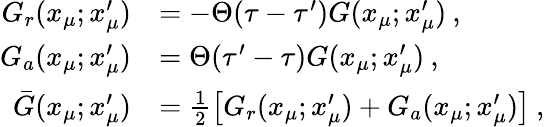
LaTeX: \begin{array}{rl}{G_{r}(x_{\mu};x_{\mu}^{\prime})}&{=-\Theta(\tau-\tau^{\prime})G(x_{\mu};x_{\mu}^{\prime})\: ,}\\ {G_{a}(x_{\mu};x_{\mu}^{\prime})}&{=\Theta(\tau^{\prime}-\tau)G(x_{\mu};x_{\mu}^{\prime})\: ,}\\ {\bar{G}(x_{\mu};x_{\mu}^{\prime})}&{=\frac{1}{2}\left[G_{r}(x_{\mu};x_{\mu}^{\prime})+G_{a}(x_{\mu};x_{\mu}^{\prime})\right]\: ,}\end{array}